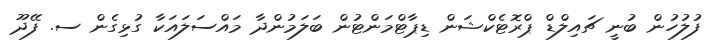
ފުލުހުން ބުނީ ޗައިލްޑް ޕްރޮޓެކްޝަން ޑިޕާޓްމަންޓުން ބަލަމުންދާ މައްސަލައަކާ ގުޅިގެން ސ. ފޭދޫ